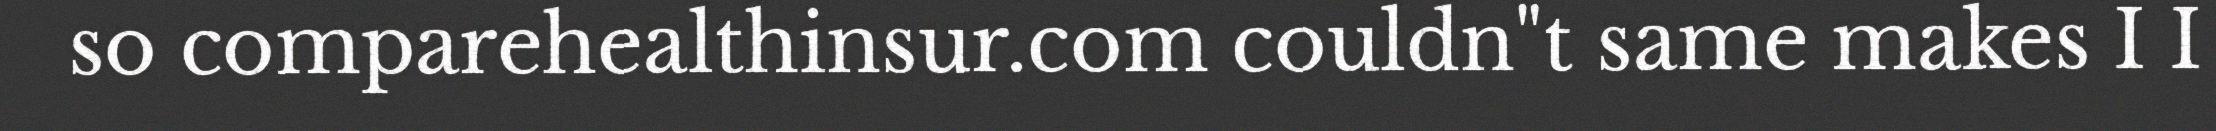
so comparehealthinsur.com couldn"t same makes I I